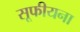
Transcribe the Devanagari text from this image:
सूफीयना